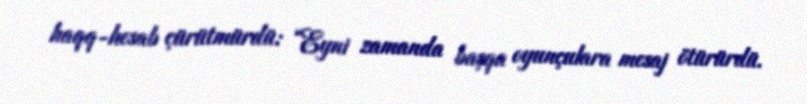
haqq-hesab çürütmürdü: “Eyni zamanda başqa oyunçulara mesaj ötürürdü.